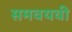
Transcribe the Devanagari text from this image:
समवयवी